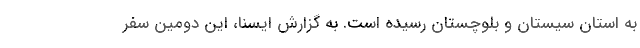
به استان سیستان و بلوچستان رسیده است. به گزارش ایسنا، این دومین سفر